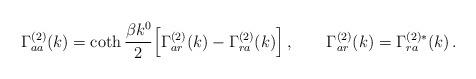
LaTeX: \begin{align*} \Gamma^{(2)}_{aa}(k) = \coth{{\beta k^0}\over 2} \Bigl[ \Gamma^{(2)}_{ar}(k)-\Gamma^{(2)}_{ra}(k)\Bigr]\, ,\qquad \Gamma^{(2)}_{ar}(k) = \Gamma^{(2)*}_{ra}(k)\, .\end{align*}